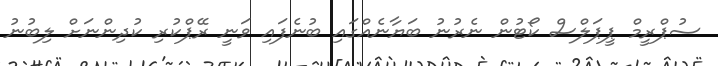
ސުޕްރީމް ޕީޕަލްސް ކޯޓުން ނެރުނު ބަޔާނެއްގައި ބުނެފައި ވަނީ ރޭޕްކުރި ކުދިންނަށް ލިބުނު